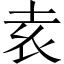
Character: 𡊮